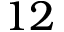
1 2